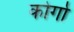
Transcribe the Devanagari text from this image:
कोर्गा